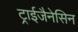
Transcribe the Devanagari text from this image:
ट्राईजैनेसिन